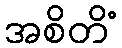
အစိတိံ